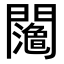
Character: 𨷉